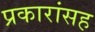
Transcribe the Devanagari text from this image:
प्रकारांसह